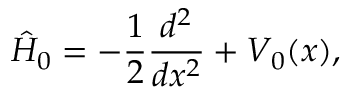
\hat { H } _ { 0 } = - \frac { 1 } { 2 } \frac { d ^ { 2 } } { d x ^ { 2 } } + V _ { 0 } ( x ) ,